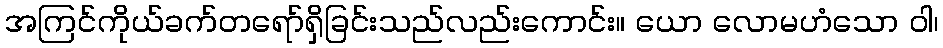
အကြင်ကိုယ်ခက်တရော်ရှိခြင်းသည်လည်းကောင်း။ ယော လောမဟံသော ဝါ၊